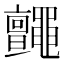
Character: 𪓼